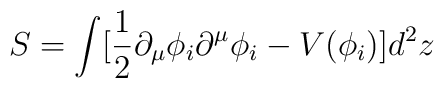
S = \int [{1\over 2}\partial_\mu\phi_i\partial^\mu \phi_i-V(\phi_i)] d^2z